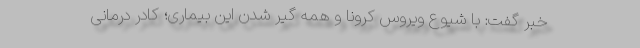
خبر گفت: با شیوع ویروس کرونا و همه گیر شدن این بیماری؛ کادر درمانی